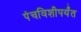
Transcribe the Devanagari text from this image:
पंचविशीपर्यंत